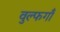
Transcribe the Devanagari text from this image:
वुल्फगाँ